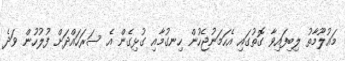
މައުލޫމާތު ލިބިފައިވާ ގޮތުގައި އެހަމަނުޖެހުން ހިނގުމާއި ގުޅިގެން އެ ސަރަހައްދަށް ފުލުހުން ވަދެ